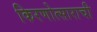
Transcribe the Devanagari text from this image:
किरणोत्साराची